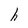
Character: h